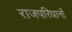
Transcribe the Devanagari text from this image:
राजपरिधानों